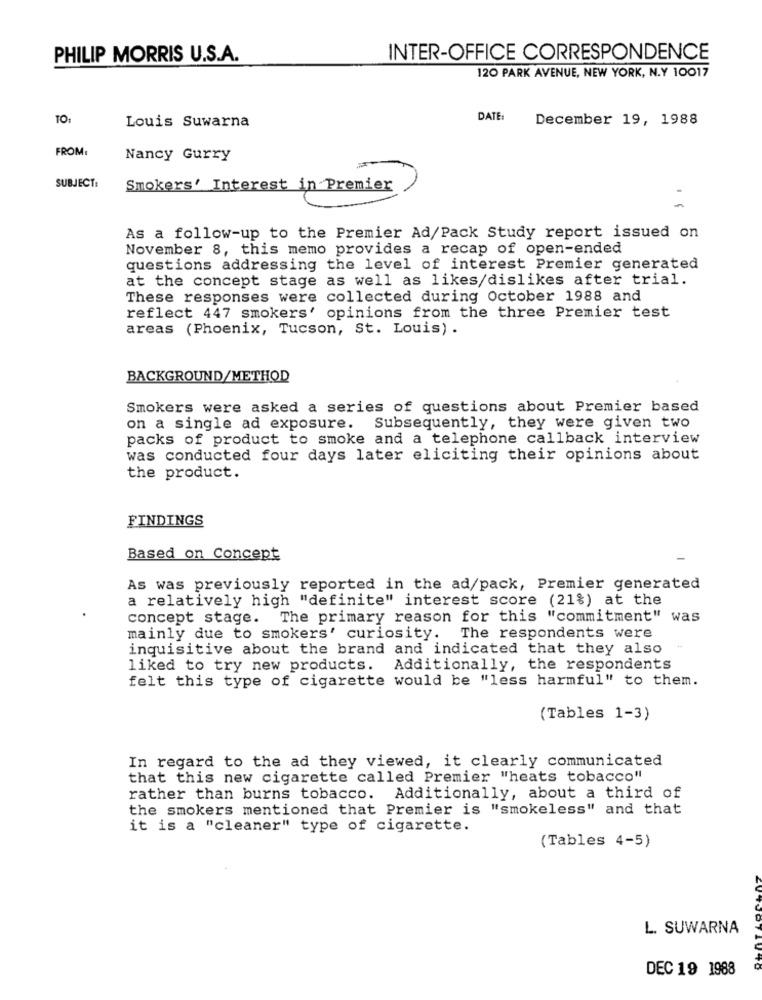
PHILIP MORRIS U.S.A.
INTER-OFFICE CORRESPONDENCE
120 PARK AVENUE, NEW YORK, N.Y 10017
TO:
Louis Suwarna
DATE:
December 19, 1988
FROM
Nancy Gurry
SUBJECT:
Smokers' Interest in Premier
As a follow-up to the Premier Ad/Pack Study report issued on
November 8, this memo provides a recap of open-ended
questions addressing the level of interest Premier generated
at the concept stage as well as likes/dislikes after trial.
These responses were collected during October 1988 and
reflect 447 smokers' opinions from the three Premier test
areas (Phoenix, Tucson, St. Louis) .
BACKGROUND/METHOD
Smokers were asked a series of questions about Premier based
on a single ad exposure. Subsequently, they were given two
packs of product to smoke and a telephone callback interview
was conducted four days later eliciting their opinions about
the product.
FINDINGS
Based on Concept
As was previously reported in the ad/pack, Premier generated
a relatively high "definite" interest score (21%) at the
concept stage. The primary reason for this "commitment" was
mainly due to smokers' curiosity. The respondents were
inquisitive about the brand and indicated that they also
liked to try new products.
Additionally, the respondents
felt this type of cigarette would be "less harmful" to them.
(Tables 1-3)
In regard to the ad they viewed, it clearly communicated
that this new cigarette called Premier "heats tobacco"
rather than burns tobacco. Additionally, about a third of
the smokers mentioned that Premier is "smokeless" and that
it is a "cleaner" type of cigarette.
(Tables 4-5)
L. SUWARNA
DEC 19 1988
OTIV TO